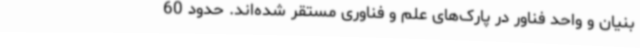
بنیان و واحد فناور در پارک‌های علم و فناوری مستقر شده‌اند. حدود 60